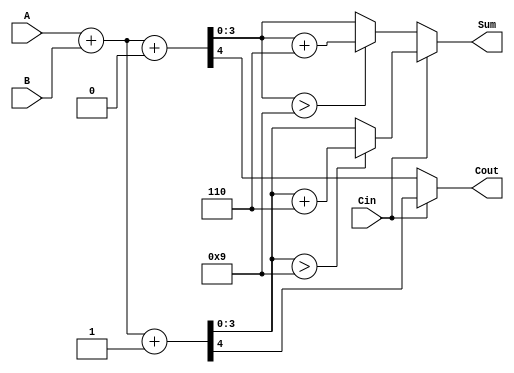
module BCD_MCSA (
    input [3:0] A,      // First BCD input
    input [3:0] B,      // Second BCD input
    input Cin,          // Carry-in
    output reg [3:0] Sum, // BCD Sum output
    output reg Cout      // Carry-out
);

    wire [4:0] sum0, sum1; // Intermediate sums for carry-in 0 and 1
    wire C0, C1;           // Carry outputs for carry-in 0 and 1
    wire [3:0] corrected_sum0, corrected_sum1; // Corrected sums after BCD adjustment

    // Initial binary addition for carry-in = 0
    assign sum0 = A + B + 4'b0000; // No carry-in
    assign C0 = sum0[4];           // Carry-out for carry-in = 0

    // Initial binary addition for carry-in = 1
    assign sum1 = A + B + 4'b0001; // With carry-in
    assign C1 = sum1[4];           // Carry-out for carry-in = 1

    // BCD Correction Logic
    assign corrected_sum0 = (sum0[3:0] > 9) ? (sum0[3:0] + 4'b0110) : sum0[3:0];
    assign corrected_sum1 = (sum1[3:0] > 9) ? (sum1[3:0] + 4'b0110) : sum1[3:0];

    // Carry select logic
    always @(*) begin
        if (Cin == 1'b0) begin
            Sum = corrected_sum0; // Select sum for carry-in = 0
            Cout = C0;            // Select carry-out for carry-in = 0
        end else begin
            Sum = corrected_sum1; // Select sum for carry-in = 1
            Cout = C1;            // Select carry-out for carry-in = 1
        end
    end

endmodule